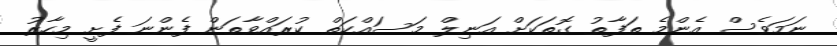
ނަމަވެސް އެންމެ ތަފާތު ގޮތަކަށް އަނިލް މަސައްކަތް ކުރައްވާތަން ފެންނަ ފެށީ މިހާރު